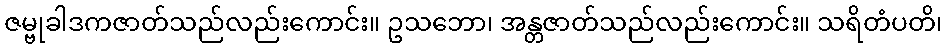
ဇမ္ဗုခါဒကဇာတ်သည်လည်းကောင်း။ ဥသဘော၊ အန္တဇာတ်သည်လည်းကောင်း။ သရိတံပတိ၊